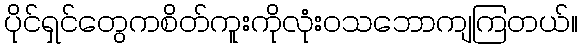
ပိုင်ရှင်တွေကစိတ်ကူးကိုလုံးဝသဘောကျကြတယ်။